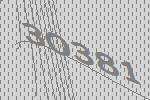
30381